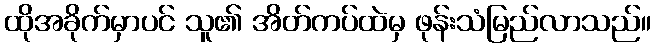
ထိုအခိုက်မှာပင် သူ၏ အိတ်ကပ်ထဲမှ ဖုန်းသံမြည်လာသည်။